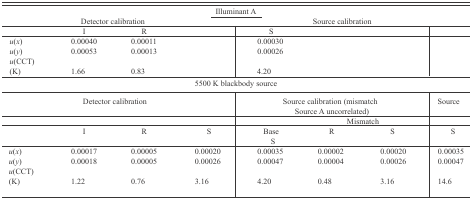
<table><thead><tr><td colspan="8"><b><underline>Illuminant A</underline></b></td></tr><tr><td colspan="4"><b>Detector calibration</b></td><td colspan="4"><b>Source calibration</b></td></tr></thead><tbody><tr><td></td><td>I</td><td>R</td><td></td><td>S</td><td></td><td></td><td></td></tr><tr><td><i>u</i>(<i>x</i>)</td><td>0.00040</td><td>0.00011</td><td></td><td>0.00030</td><td></td><td></td><td></td></tr><tr><td><i>u</i>(<i>y</i>)</td><td>0.00053</td><td>0.00013</td><td></td><td>0.00026</td><td></td><td></td><td></td></tr><tr><td><i>u</i>(CCT)</td><td></td><td></td><td></td><td></td><td></td><td></td><td></td></tr><tr><td>(K)</td><td>1.66</td><td>0.83</td><td></td><td>4.20</td><td></td><td></td><td></td></tr><tr><td colspan="8">5500 K blackbody source</td></tr><tr><td colspan="4">Detector calibration</td><td></td><td colspan="2">Source calibration (mismatch Source A uncorrelated)</td><td>Source</td></tr><tr><td></td><td></td><td></td><td></td><td></td><td colspan="2">Mismatch</td><td></td></tr><tr><td></td><td>I</td><td>R</td><td>S</td><td>BaseS</td><td>R</td><td>S</td><td>S</td></tr><tr><td><i>u</i>(<i>x</i>)</td><td>0.00017</td><td>0.00005</td><td>0.00020</td><td>0.00035</td><td>0.00002</td><td>0.00020</td><td>0.00035</td></tr><tr><td><i>u</i>(<i>y</i>)</td><td>0.00018</td><td>0.00005</td><td>0.00026</td><td>0.00047</td><td>0.00004</td><td>0.00026</td><td>0.00047</td></tr><tr><td><i>u</i>(CCT)</td><td></td><td></td><td></td><td></td><td></td><td></td><td></td></tr><tr><td>(K)</td><td>1.22</td><td>0.76</td><td>3.16</td><td>4.20</td><td>0.48</td><td>3.16</td><td>14.6</td></tr></tbody></table>